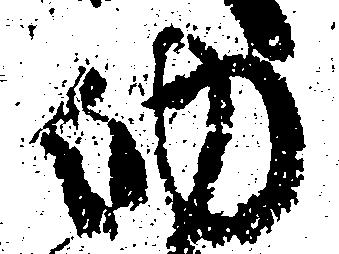
納